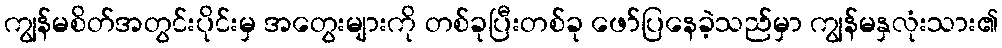
ကျွန်မစိတ်အတွင်းပိုင်းမှ အတွေးများကို တစ်ခုပြီးတစ်ခု ဖော်ပြနေခဲ့သည်မှာ ကျွန်မနှလုံးသား၏